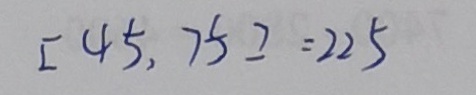
[ 4 5 , 7 5 ] = 2 2 5